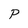
Character: P